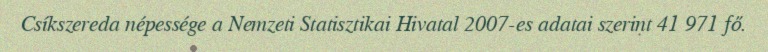
Csíkszereda népessége a Nemzeti Statisztikai Hivatal 2007-es adatai szerint 41 971 fő.